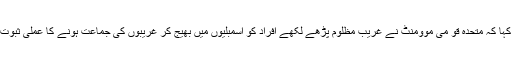
انہوں نے کہا کہ متحدہ قو می موومنٹ نے غریب مظلوم پڑھے لکھے افراد کو اسمبلیوں میں بھیج کر غریبوں کی جماعت ہونے کا عملی ثبوت پیش کیا ۔